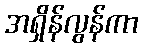
အရှိန်လွန်ကာ